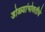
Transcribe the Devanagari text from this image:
डोळ्यांभोवतीचे